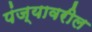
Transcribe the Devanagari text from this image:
पंज्यावरील